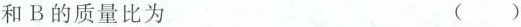
和B的质量比为 ()